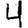
Digit: 4